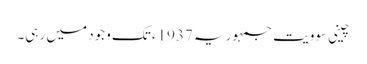
چینی سوویت جمہوریہ 1937ء تک وجود میں رہی۔